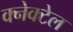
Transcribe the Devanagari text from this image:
क्नेक्टेल